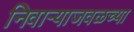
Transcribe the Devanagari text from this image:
निवाऱ्याजवळच्या